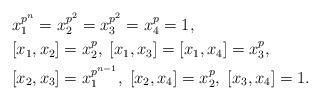
LaTeX: \begin{align*}& x_1^{p^n}=x_2^{p^2}=x_3^{p^2}=x_4^p=1,\\& [x_1,x_2]=x_2^p, \; [x_1,x_3]=[x_1,x_4]=x_3^p,\\& [x_2,x_3]=x_1^{p^{n-1}}, \; [x_2,x_4]=x_2^p,\; [x_3,x_4]=1.\end{align*}